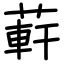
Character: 蓒